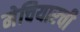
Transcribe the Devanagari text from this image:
मेचियारची